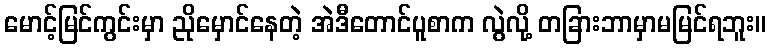
မောင့်မြင်ကွင်းမှာ ညိုမှောင်နေတဲ့ အဲဒီတောင်ပူစာက လွဲလို့ တခြားဘာမှာမမြင်ရဘူး။